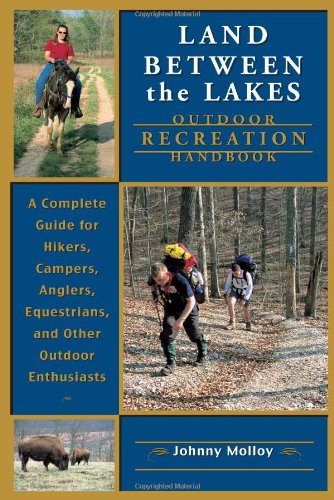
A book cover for Land Between The Lakes Outdoor Recreation Handbook: A Complete Guide for Hikers, Campers, Anglers, Equestrians, and Other Outdoor Enthusiasts; Johnny Molloy; Science & Math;